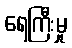
ရေကြီးမှု